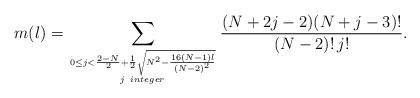
LaTeX: \begin{align*}m(\l) = \sum_{0 \leq j<\frac{2-N}2+\frac1 2 \sqrt{N^2-\frac {16(N-1) \l}{(N-2)^2}} \atop_{j\ integer} } \frac{(N+2j-2)(N+j-3)!}{(N-2)!\,j!}.\end{align*}